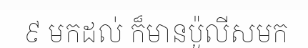
៩ មកដល់ ក៏មានប៉ូលីសមក